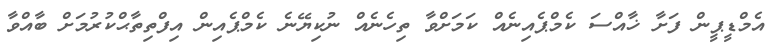
އެމްޑީޕީން ފަށާ ޚާއްސަ ކެމްޕެއިނެއް ކަމަށްވާ ތިހެނެއް ނުކިޔޭނެ ކެމްޕެއިން އިފްތިތާޙްކުރުމަށް ބާއްވާ